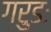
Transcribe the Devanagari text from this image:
गरुडः